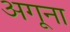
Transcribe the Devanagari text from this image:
अगूना